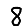
Digit: 8